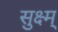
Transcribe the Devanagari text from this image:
सुक्ष्म्